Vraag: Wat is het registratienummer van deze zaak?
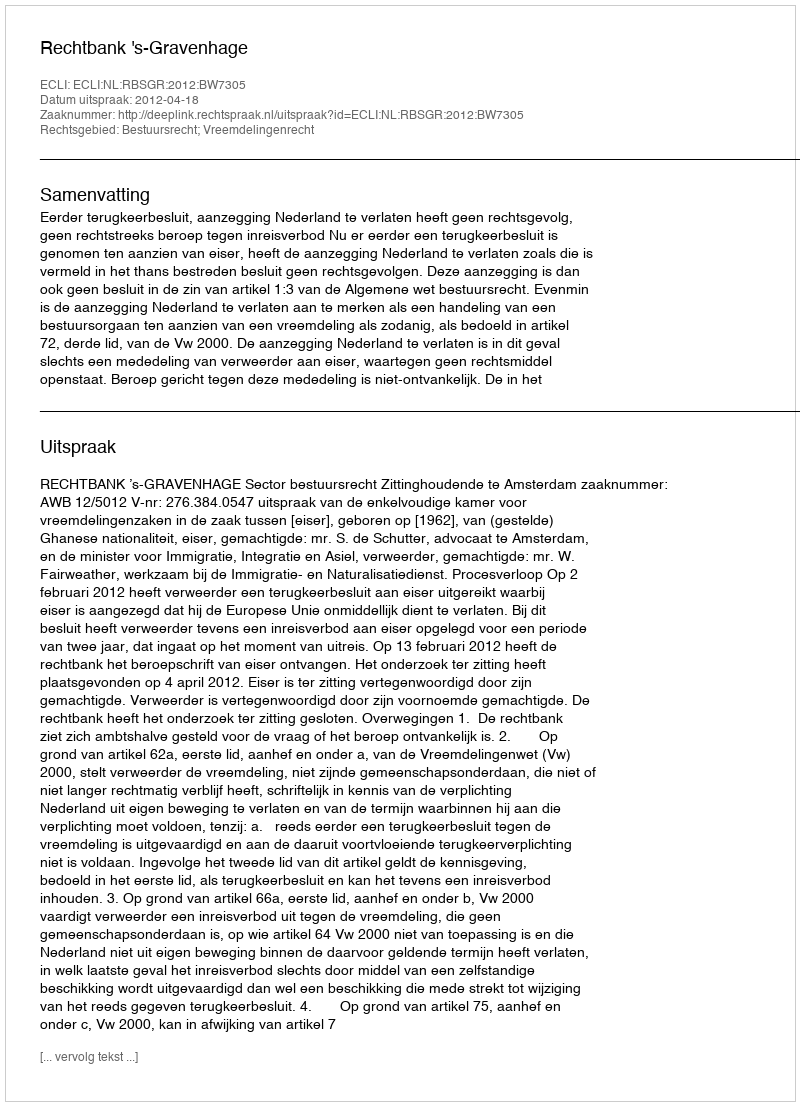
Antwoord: http://deeplink.rechtspraak.nl/uitspraak?id=ECLI:NL:RBSGR:2012:BW7305